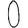
Digit: 0